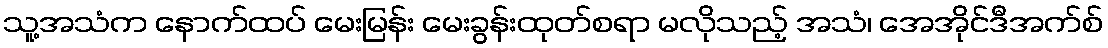
သူ့အသံက နောက်ထပ် မေးမြန်း မေးခွန်းထုတ်စရာ မလိုသည့် အသံ၊ အေအိုင်ဒီအက်စ်